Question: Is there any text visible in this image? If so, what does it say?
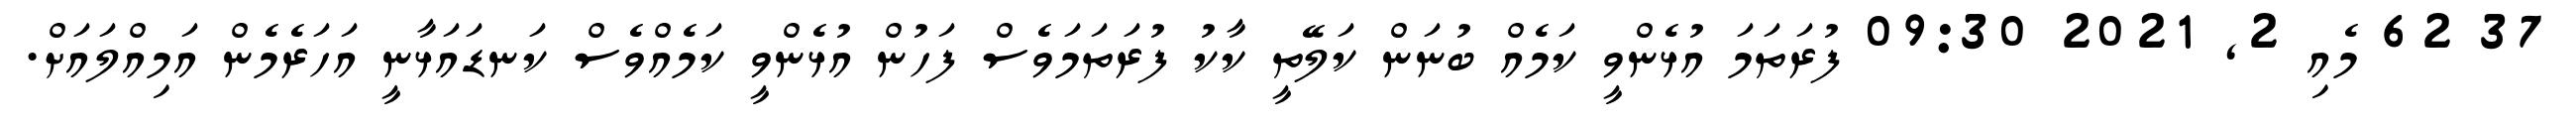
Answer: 37 62 މެއި 2, 2021 09:30 ފުރަތަމަ އުޅެންވީ ކަމެއް ބުނަން ކަލޭތީ ކާކު ފުރަތަމަވެސް ފަހުން އުޅެންވީ ކަމެއްވެސް ކަނޑައަޅާނީ އަހަރެމެން އަމިއްލައަށް.